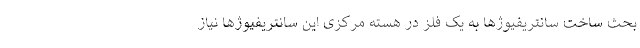
بحث ساخت سانتریفیوژها به یک فلز در هسته مرکزی این سانتریفیوژها نیاز